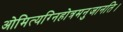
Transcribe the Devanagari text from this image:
ओमित्यग्निहोत्रमनुजानति।